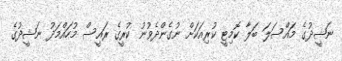
ނަޝީދުގެ މައްސަލަ ބަލާ ކޮމިޓީ ކުރިއަކަށް ނުގެންދެވުނު ކުރީގެ ރައީސް މުހައްމަދު ނަޝީދުގެ